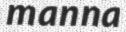
manna